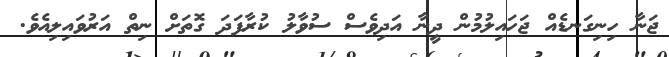
ޖަނާ ހިނިގަނޑެއް ޖަހައިލުމުން ދީނާ އަދިވެސް ސުވާލު ކުރާފަދަ ގޮތަަށް ނިތް އަރުވައިލިއެވެ.